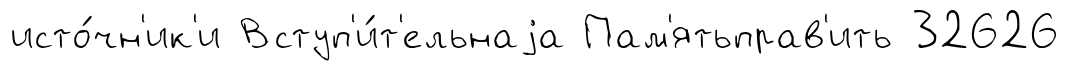
исто́чн'ик'и Вступ'и́т'ельнаjа Пам'ятьправ'ить 32626